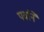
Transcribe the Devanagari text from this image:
पर्वाने